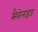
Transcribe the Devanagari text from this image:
सैकेराइड